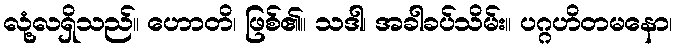
လုံ့လရှိသည်။ ဟောတိ၊ ဖြစ်၏။ သဒါ၊ အခါခပ်သိမ်း။ ပဂ္ဂဟိတမနော၊